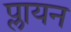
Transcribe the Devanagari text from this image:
प्लायन